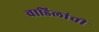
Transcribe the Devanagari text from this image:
वाडिलांची